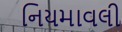
નિયમાવલી